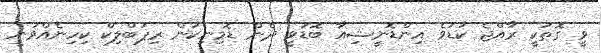
ވީ ގޮތަކީ ރާއްޖެ ކުޑަވެ އިންޑޮނީޝިއާ ބޮޑުވީ ދެން ޑޮމިނިކަން ރިޕަބްލިކް ކިހިނެއްވަނީ